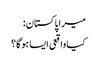
میرا پاکستان:
کیا واقعی ایسا ہوگا؟